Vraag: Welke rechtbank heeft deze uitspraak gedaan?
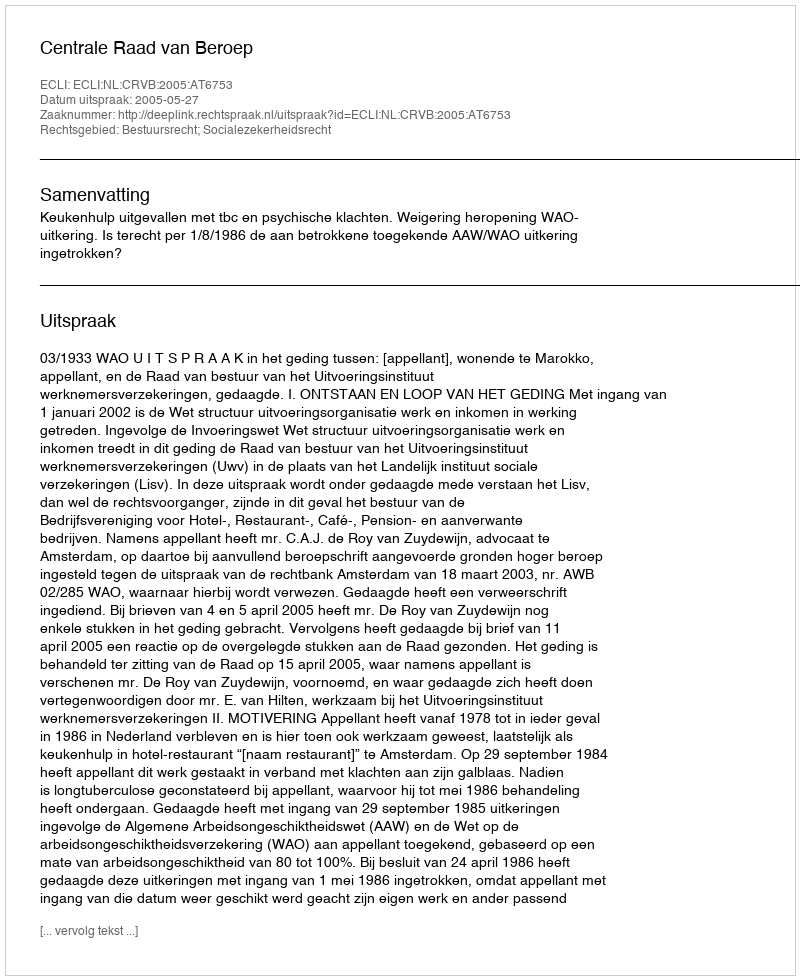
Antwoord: Centrale Raad van Beroep